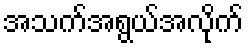
အသက်အရွယ်အလိုက်